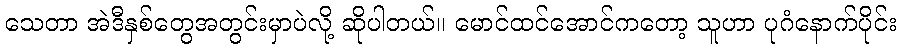
သေတာ အဲဒီနှစ်တွေအတွင်းမှာပဲလို့ ဆိုပါတယ်။ မောင်ထင်အောင်ကတော့ သူဟာ ပုဂံနောက်ပိုင်း